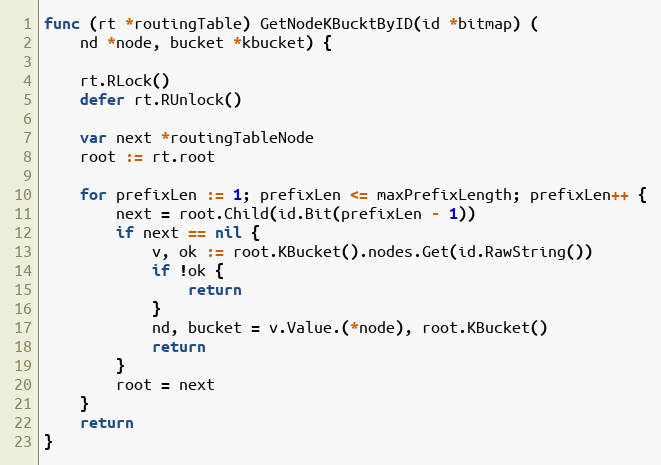
Language: Go
func (rt *routingTable) GetNodeKBucktByID(id *bitmap) (
	nd *node, bucket *kbucket) {

	rt.RLock()
	defer rt.RUnlock()

	var next *routingTableNode
	root := rt.root

	for prefixLen := 1; prefixLen <= maxPrefixLength; prefixLen++ {
		next = root.Child(id.Bit(prefixLen - 1))
		if next == nil {
			v, ok := root.KBucket().nodes.Get(id.RawString())
			if !ok {
				return
			}
			nd, bucket = v.Value.(*node), root.KBucket()
			return
		}
		root = next
	}
	return
}